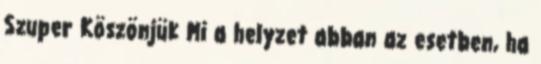
Szuper Köszönjük Mi a helyzet abban az esetben, ha